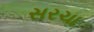
સરચા